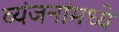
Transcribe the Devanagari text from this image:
व्यंजनांमध्ये